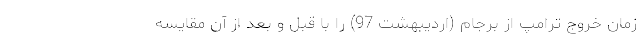
زمان خروج ترامپ از برجام (اردیبهشت 97) را با قبل و بعد از آن مقایسه